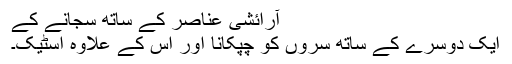
آرائشی عناصر کے ساتھ سجانے کے
ایک دوسرے کے ساتھ سروں کو چپکانا اور اس کے علاوہ اسٹیک۔